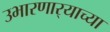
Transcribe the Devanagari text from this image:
उभारणार्‍याच्या